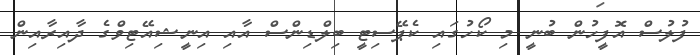
ފުލުސް އޮފީހުން ބުނީ މި ކޯހުގައި ކެޕޭސިޓީ ބިލްޑިންސް އާއި އިނީޝިއޭޓިވްގެ ދާއިރާއިން